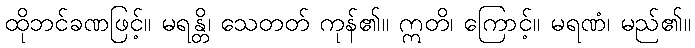
ထိုဘင်ခဏဖြင့်။ မရန္တိ၊ သေတတ် ကုန်၏။ ဣတိ၊ ကြောင့်။ မရဏံ၊ မည်၏။